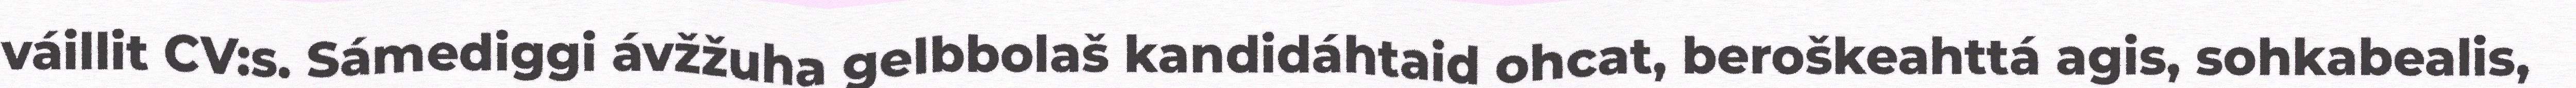
váillit CV:s. Sámediggi ávžžuha gelbbolaš kandidáhtaid ohcat, beroškeahttá agis, sohkabealis,